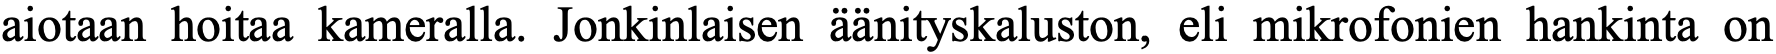
aiotaan hoitaa kameralla. Jonkinlaisen äänityskaluston, eli mikrofonien hankinta on